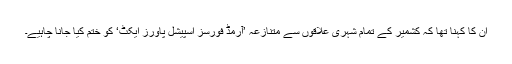
ان کا کہنا تھا کہ کشمیر کے تمام شہری علاقوں سے متنازعہ ’آرمڈ فورسز اسپیشل پاورز ایکٹ‘ کو ختم کیا جانا چاہیے۔